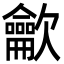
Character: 龡